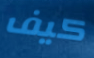
كيف